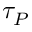
\tau _ { P }